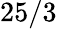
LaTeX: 25/3